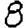
Digit: 8